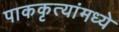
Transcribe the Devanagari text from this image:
पाककृत्यांमध्ये